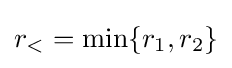
r_{<}=\min\{r_{1},r_{2}\}